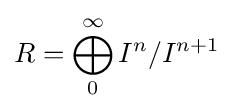
R=\bigoplus _{0}^{\infty }I^{n}/I^{n+1}